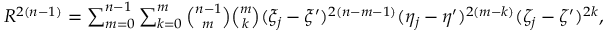
\begin{array} { r } { R ^ { 2 ( n - 1 ) } = \sum _ { m = 0 } ^ { n - 1 } \sum _ { k = 0 } ^ { m } \binom { n - 1 } { m } \binom { m } { k } ( \xi _ { j } - \xi ^ { \prime } ) ^ { 2 ( n - m - 1 ) } ( \eta _ { j } - \eta ^ { \prime } ) ^ { 2 ( m - k ) } ( \zeta _ { j } - \zeta ^ { \prime } ) ^ { 2 k } , } \end{array}